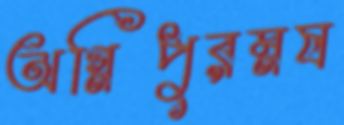
অগ্নিপুরম্নষ